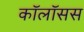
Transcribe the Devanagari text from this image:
कॉलॉसस